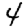
Digit: 4